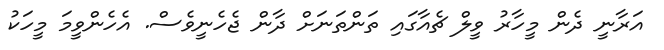
އަރާނީ ދެން މީހާރު ވީލް ޗެއާގައި ތަންތަނަށް ދާން ޖެހެނީވެސް. އެހެންވީމަ މީހަކު